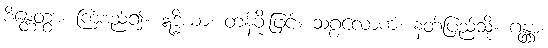
စိန္တေတွာ၊ ကြံစည်၍။ ဣဒ္ဓိယာ၊ တန်ခိုးဖြင့်။ သဂ္ဂလောကံ၊ နတ်ပြည်သို့။ ဂန္တွာ၊